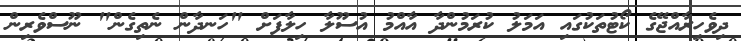
ދިވެހިރާއްޖޭގެ ކޯޓުތަކުގައި އަމަލު ކުރަމުންދާ އާއްމު އުސޫލާ ހިލާފަށް "ހަނދާން ނެތިގެން" ނޫސްވެރިން